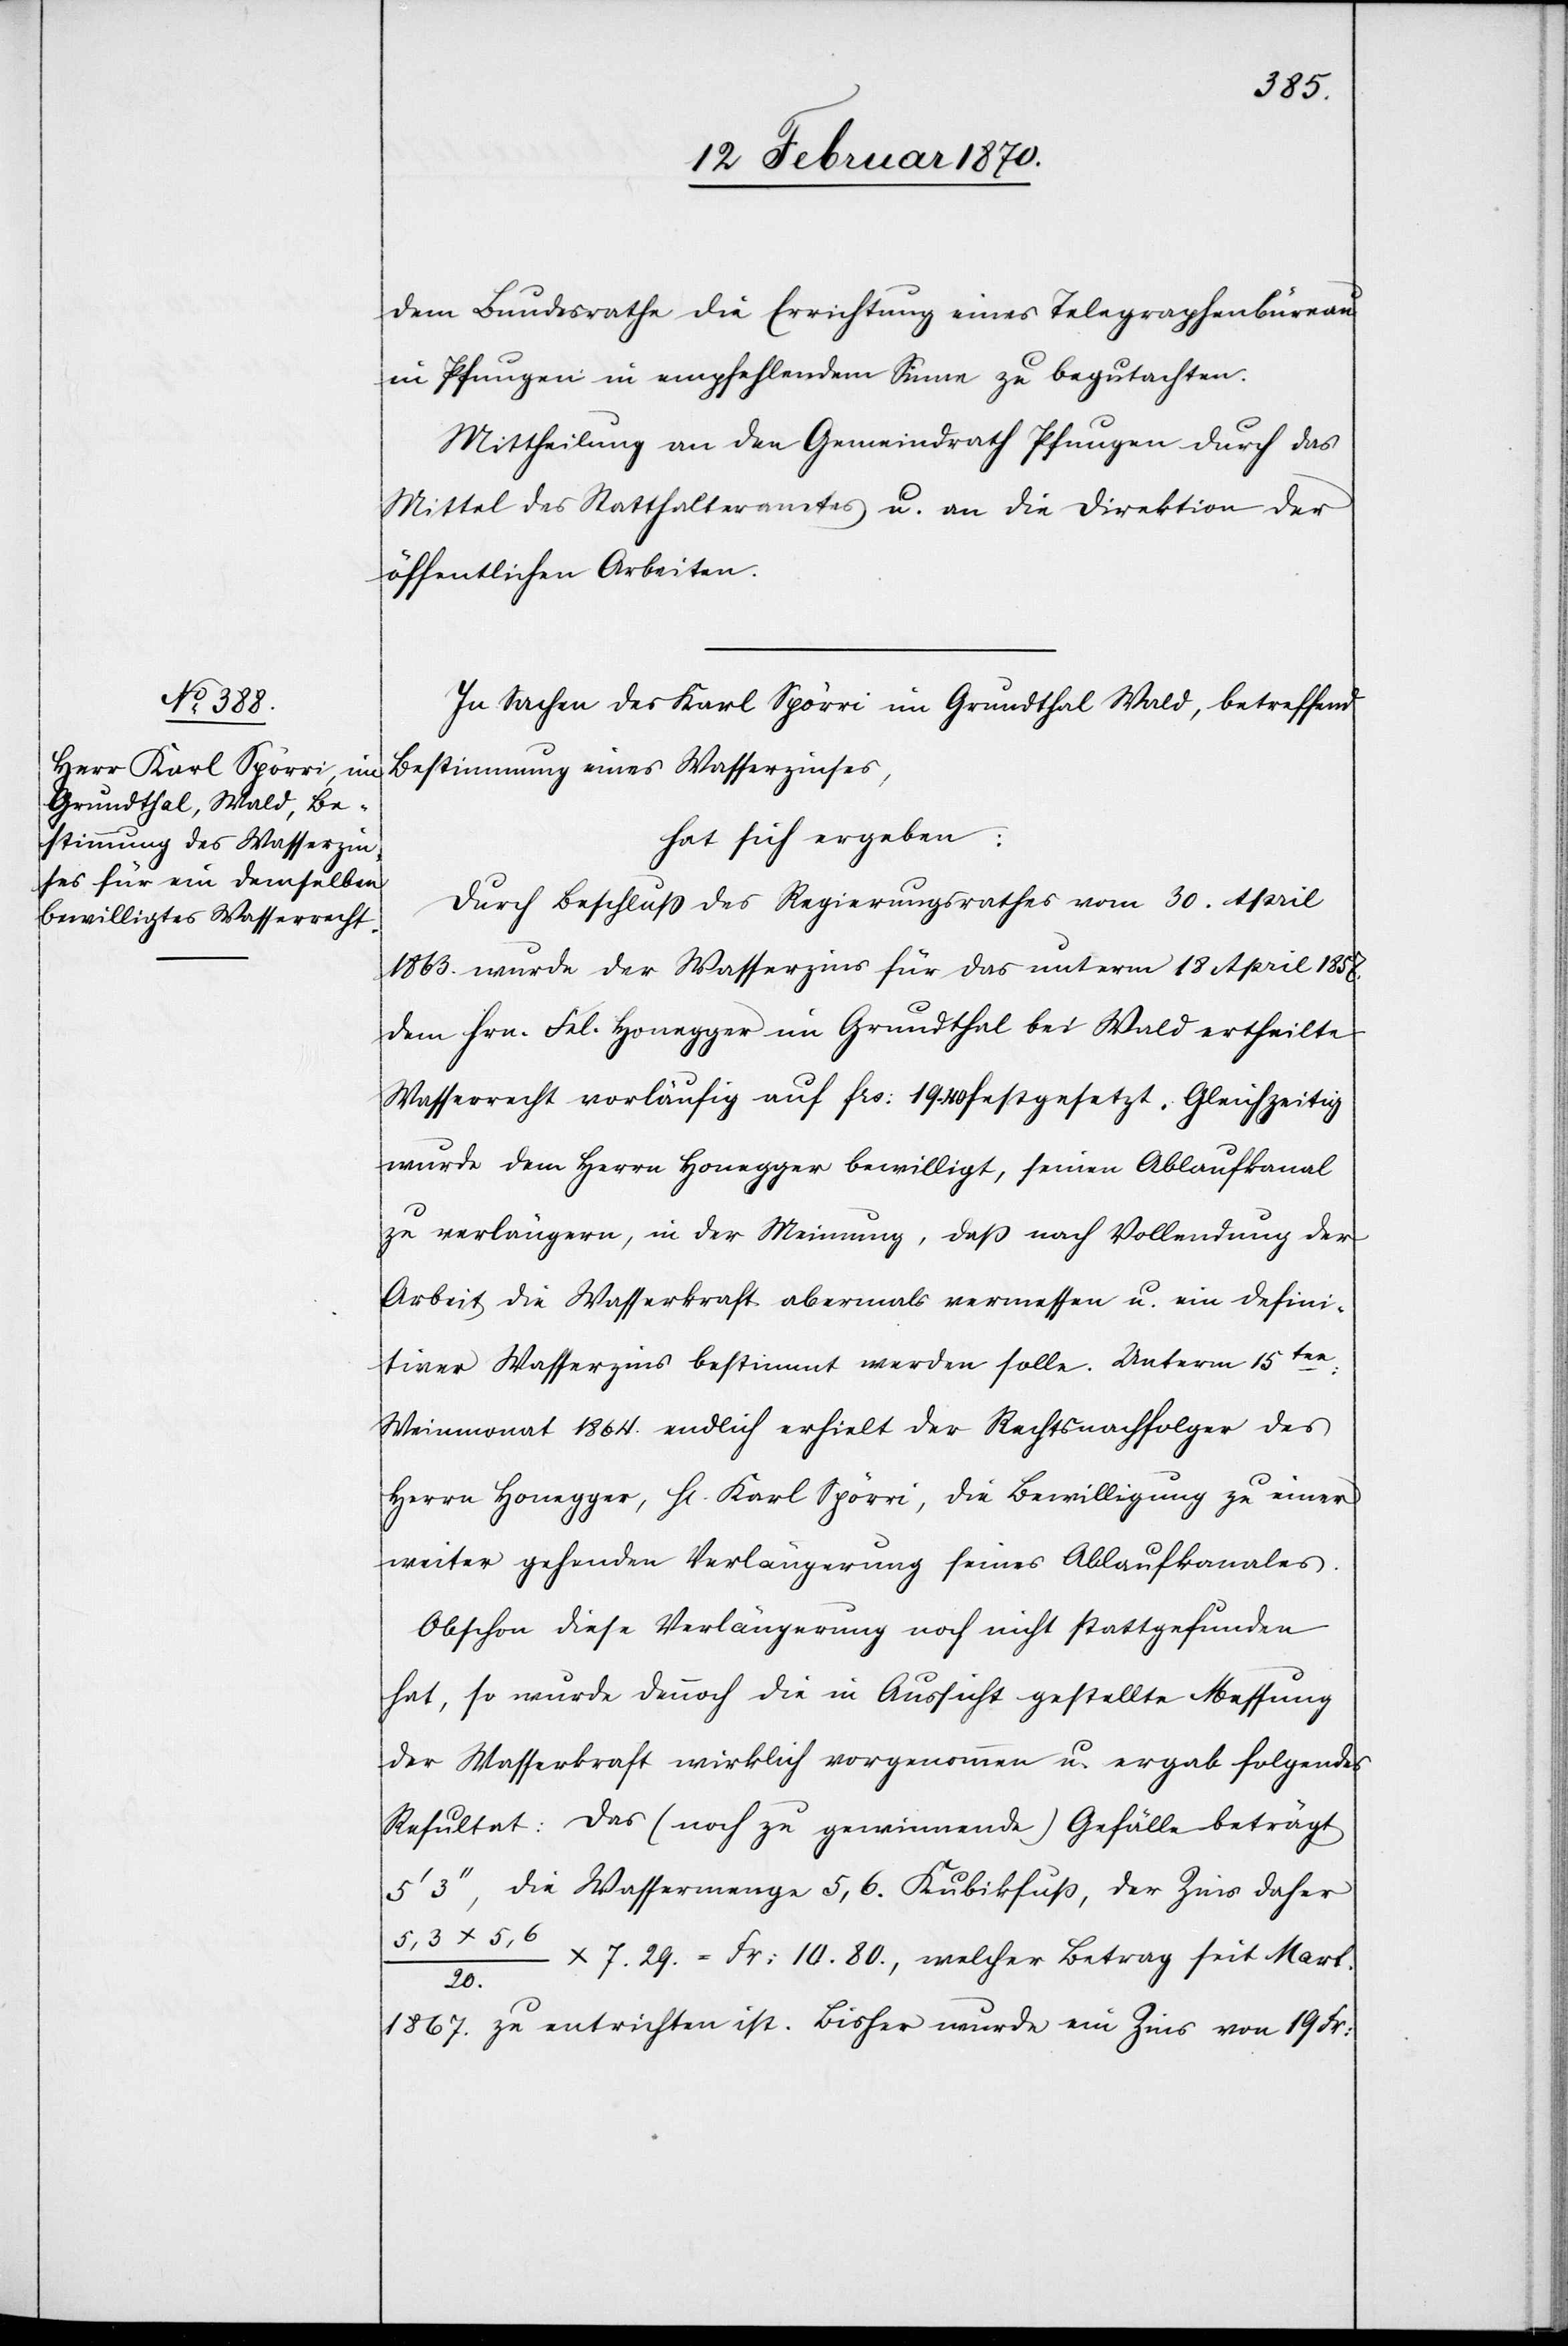
dem Bundesrathe die Errichtung eines Telegraphenbüreau
in Pfungen in empfehlendem Sinne zu begutachten.
Mittheilung an den Gemeindrath Pfungen durch das
Mittel des Statthalteramtes u. an die Direktion der
öffentlichen Arbeiten.
In Sachen des Karl Spörri im Grundthal Wald, betreffend
Bestimmung eines Wasserzinses,
hat sich ergeben:
Durch Beschluss des Regierungsrathes vom 30. April
1863. wurde der Wasserzins für das unterm 18 April 1857.
dem Hrn. Fel. Honegger im Grundthal bei Wald ertheilte
Wasserrecht vorläufig auf frs: 19.40 festgesetzt. Gleichzeitig
wurde dem Herrn Honegger bewilligt, seinen Ablaufkanal
zu verlängern, in der Meinung, daß nach Vollendung der
Arbeit die Wasserkraft abermals vermessen u. ein defini¬
tiver Wasserzins bestimmt werden solle. Unterm 15ten:
Weinmonat 1864. endlich erhielt der Rechtsnachfolger des
Herrn Honegger, H[err] Karl Spörri, die Bewilligung zu einer
weiter gehenden Verlängerung seines Ablaufkanales.
Obschon diese Verlängerung noch nicht stattgefunden
hat, so wurde dennoch die in Aussicht gestellte Messung
der Wasserkraft wirklich vorgenommen u. ergab folgendes
Resultat: Das (noch zu gewinnende) Gefälle beträgt
5’ 3’’, die Wassermenge 5,6. Kubikfuß, der Zins daher
5,6 / 20. x 7.29. = Fr: 10.80., welcher Betrag seit Mart.
1867. zu entrichten ist. Bisher wurde ein Zins von 19 Fr: